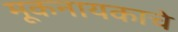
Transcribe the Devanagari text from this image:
मूकनायकाचे